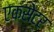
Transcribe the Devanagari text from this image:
एकसेटर